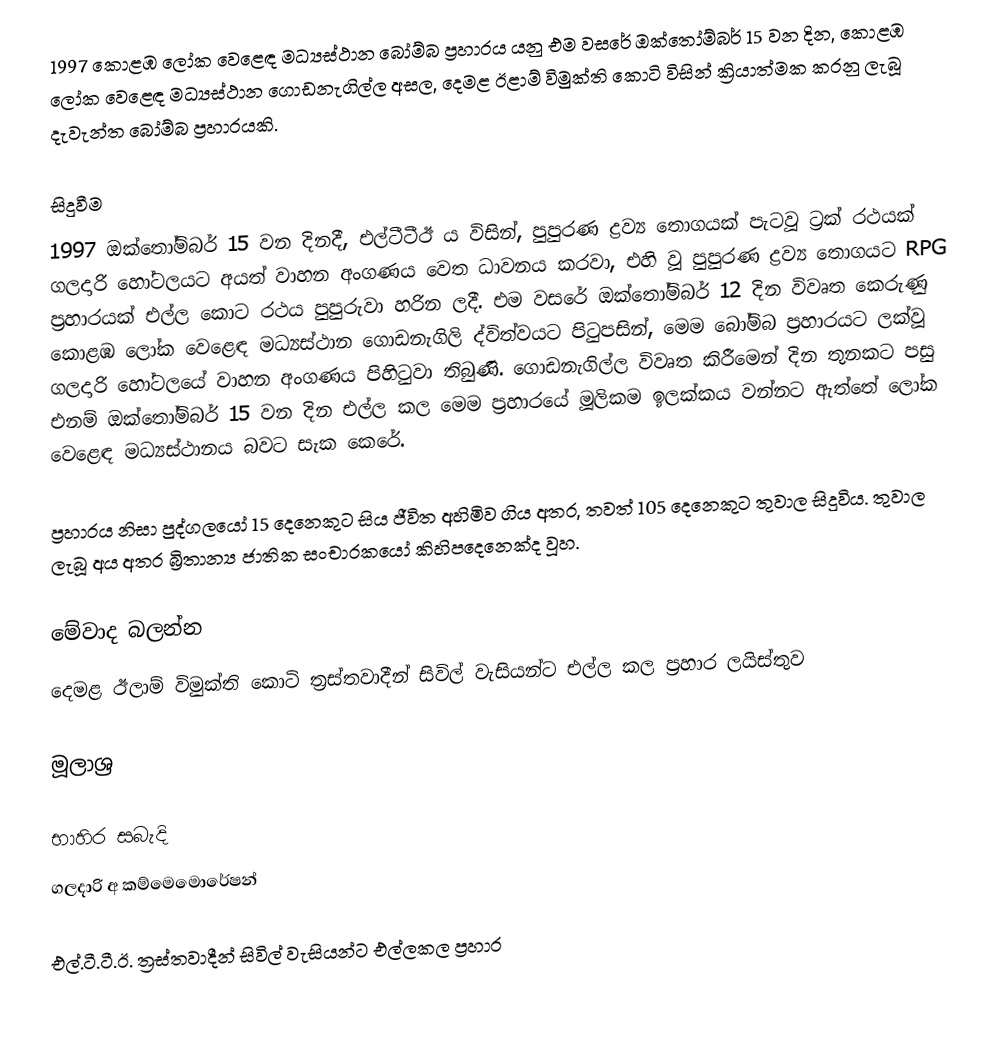
1997 කොළඹ ලෝක වෙළෙඳ මධ්‍යස්ථාන බෝම්බ ප්‍රහාරය යනු එම වසරේ ඔක්තෝම්බර් 15 වන දින, කොළඹ ලෝක වෙළෙඳ මධ්‍යස්ථාන ගොඩනැගිල්ල අසල, දෙමළ ඊළාම් විමුක්ති කොටි විසින් ක්‍රියාත්මක කරනු ලැබූ දැවැන්ත බෝම්බ ප්‍රහාරයකි.

සිදුවීම
1997 ඔක්තෝම්බර් 15 වන දිනදී, එල්ටීටීඊ ය විසින්, පුපුරණ ද්‍රව්‍ය තොගයක් පැටවූ ට්‍රක් රථයක් ගලදාරි හෝටලයට අයත් වාහන අංගණය වෙත ධාවනය කරවා, එහි වූ පුපුරණ ද්‍රව්‍ය තොගයට RPG ප්‍රහාරයක් එල්ල කොට රථය පුපුරුවා හරින ලදී. එම වසරේ ඔක්තෝම්බර් 12 දින විවෘත කෙරුණු  කොළඹ ලෝක වෙළෙඳ මධ්‍යස්ථාන ගොඩනැගිලි ද්විත්වයට පිටුපසින්, මෙම බෝම්බ ප්‍රහාරයට ලක්වූ ගලදාරි හෝටලයේ වාහන අංගණය පිහිටුවා තිබුණි. ගොඩනැගිල්ල විවෘත කිරීමෙන් දින තුනකට පසු එනම් ඔක්තෝම්බර් 15 වන දින එල්ල කල මෙම ප්‍රහාරයේ මූලිකම ඉලක්කය වන්නට ඇත්තේ ලෝක වෙළෙඳ මධ්‍යස්ථානය බවට සැක කෙරේ.

ප්‍රහාරය නිසා පුද්ගලයෝ 15 දෙනෙකුට  සිය ජීවිත අහිමිව ගිය අතර, තවත් 105 දෙනෙකුට තුවාල සිදුවිය. තුවාල ලැබූ අය අතර බ්‍රිතාන්‍ය ජාතික සංචාරකයෝ කිහිපදෙනෙක්ද වූහ.

මේවාද බලන්න
 දෙමළ ඊලාම් විමුක්ති කොටි ත්‍රස්තවාදීන් සිවිල් වැසියන්ට එල්ල කල ප්‍රහාර ලයිස්තුව

මූලාශ්‍ර

භාහිර සබැදි
ගලදාරි අ කම්මෙමොරේෂන්

එල්.ටී.ටී.ඊ. ත්‍රස්තවාදීන් සිවිල් වැසියන්ට එල්ලකල ප්‍රහාර